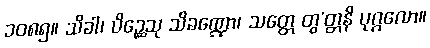
၁၀၈၅။ သိခါ၊ ပိဉ္ဆေသု သိခဏ္ဍော၊ သတ္တေ တွ’တ္တနိ ပုဂ္ဂလော။